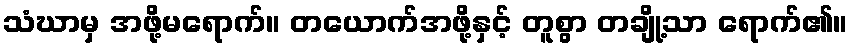
သံဃာမှ အဖို့မရောက်။ တယောက်အဖို့နှင့် တူစွာ တချို့သာ ရောက်၏။